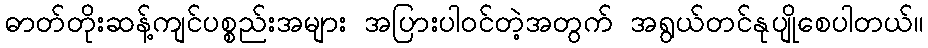
ဓာတ်တိုးဆန့်ကျင်ပစ္စည်းအများ အပြားပါဝင်တဲ့အတွက် အရွယ်တင်နုပျိုစေပါတယ်။